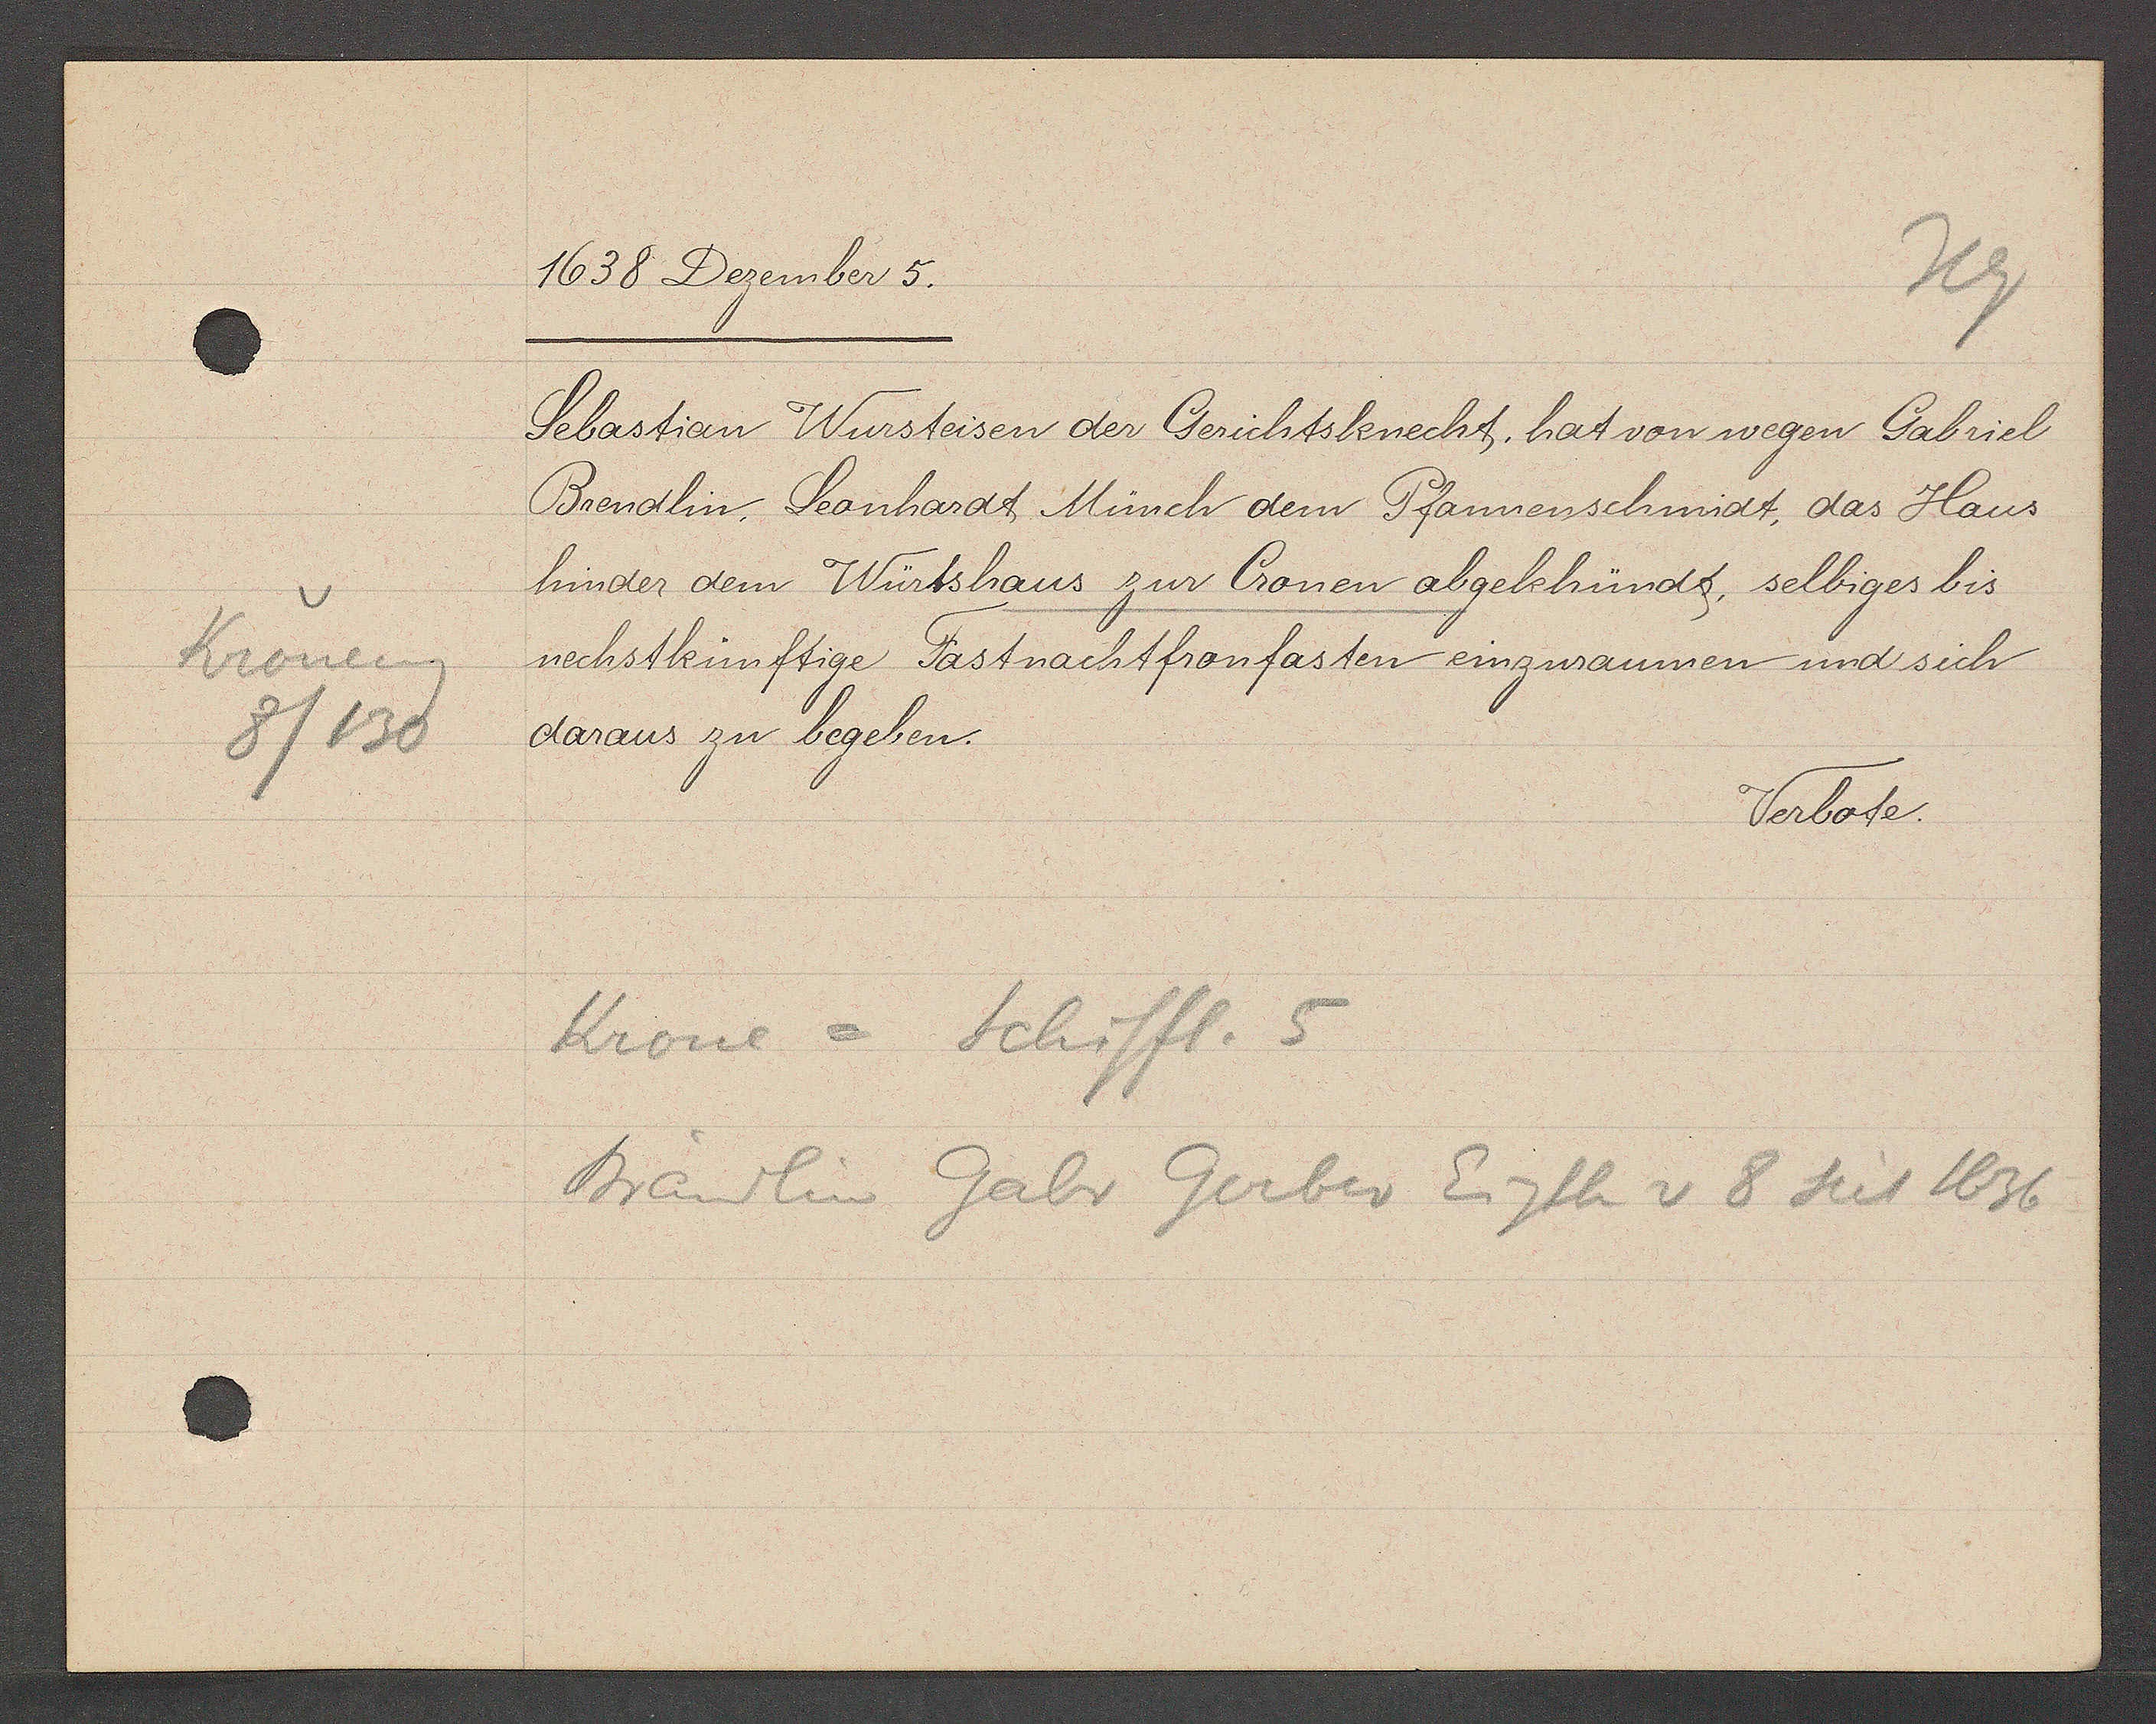
Transcript:
Kroneng
8/130

1638 Dezember 5.

Sebastian Wursteisen der Gerichtsknecht, hat von wegen Gabriel
Brendlin, Leonhardt Münch dem Pfannenschmidt, das Haus
hinder dem Würtshaus zur Cronen abgekhündt, selbiges bis
nechstkünftige Fastnachtfronfasten einzuraumen und sich
daraus zu begeben.

Verbote.

Krone = Schiffl. 5
Brändlin Gabr Gerber Eigth v 8 seit 1636